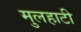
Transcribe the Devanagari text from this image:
मुलहाटी